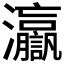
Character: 𤅗